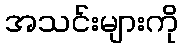
အသင်းများကို